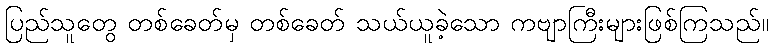
ပြည်သူတွေ တစ်ခေတ်မှ တစ်ခေတ် သယ်ယူခဲ့သော ကဗျာကြီးများဖြစ်ကြသည်။